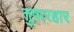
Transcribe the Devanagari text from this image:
तुषारहार